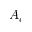
A _ { c }